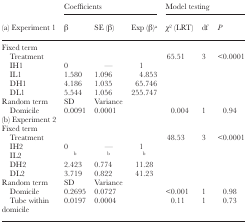
<table><thead><tr><td></td><td colspan="3"><b>Coefficients</b></td><td colspan="3"><b>Model testing</b></td></tr><tr><td><b>(a) Experiment 1</b></td><td><b>β</b></td><td><b>SE (β)</b></td><td><b>Exp (β)<sup>a</sup></b></td><td><b><i>χ</i><sup>2</sup> (LRT)</b></td><td><b>df</b></td><td><b><i>P</i></b></td></tr></thead><tbody><tr><td colspan="7">Fixed term</td></tr><tr><td> Treatment</td><td></td><td></td><td></td><td>65.51</td><td>3</td><td>&lt;0.0001</td></tr><tr><td> IH1</td><td>0</td><td>—</td><td>1</td><td></td><td></td><td></td></tr><tr><td> IL1</td><td>1.580</td><td>1.096</td><td>4.853</td><td></td><td></td><td></td></tr><tr><td> DH1</td><td>4.186</td><td>1.035</td><td>65.746</td><td></td><td></td><td></td></tr><tr><td> DL1</td><td>5.544</td><td>1.056</td><td>255.747</td><td></td><td></td><td></td></tr><tr><td>Random term</td><td>SD</td><td>Variance</td><td></td><td></td><td></td><td></td></tr><tr><td> Domicile</td><td>0.0091</td><td>0.0001</td><td></td><td>0.004</td><td>1</td><td>0.94</td></tr><tr><td colspan="7">(b) Experiment 2</td></tr><tr><td colspan="7">Fixed term</td></tr><tr><td> Treatment</td><td></td><td></td><td></td><td>48.53</td><td>3</td><td>&lt;0.0001</td></tr><tr><td> IH2</td><td>0</td><td>—</td><td>1</td><td></td><td></td><td></td></tr><tr><td> IL2</td><td><sup>b</sup></td><td><sup>b</sup></td><td><sup>b</sup></td><td></td><td></td><td></td></tr><tr><td> DH2</td><td>2.423</td><td>0.774</td><td>11.28</td><td></td><td></td><td></td></tr><tr><td> DL2</td><td>3.719</td><td>0.822</td><td>41.23</td><td></td><td></td><td></td></tr><tr><td>Random term</td><td>SD</td><td>Variance</td><td></td><td></td><td></td><td></td></tr><tr><td> Domicile</td><td>0.2695</td><td>0.0727</td><td></td><td>&lt;0.001</td><td>1</td><td>0.98</td></tr><tr><td> Tube within domicile</td><td>0.0197</td><td>0.0004</td><td></td><td>0.11</td><td>1</td><td>0.73</td></tr></tbody></table>